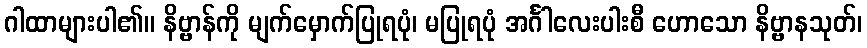
ဂါထာများပါ၏။ နိဗ္ဗာန်ကို မျက်မှောက်ပြုရပုံ၊ မပြုရပုံ အင်္ဂါလေးပါးစီ ဟောသော နိဗ္ဗာနသုတ်၊